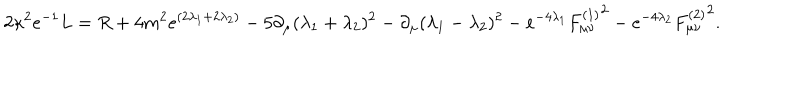
2 \kappa ^ { 2 } e ^ { - 1 } L = R + 4 m ^ { 2 } e ^ { ( 2 \lambda _ { 1 } + 2 \lambda _ { 2 } ) } - 5 \partial _ { \mu } ( \lambda _ { 1 } + \lambda _ { 2 } ) ^ { 2 } - \partial _ { \mu } ( \lambda _ { 1 } - \lambda _ { 2 } ) ^ { 2 } - e ^ { - 4 \lambda _ { 1 } } { F _ { \mu \nu } ^ { ( 1 ) } } ^ { 2 } - e ^ { - 4 \lambda _ { 2 } } { F _ { \mu \nu } ^ { ( 2 ) } } ^ { 2 } .